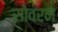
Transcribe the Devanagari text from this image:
सोवरन